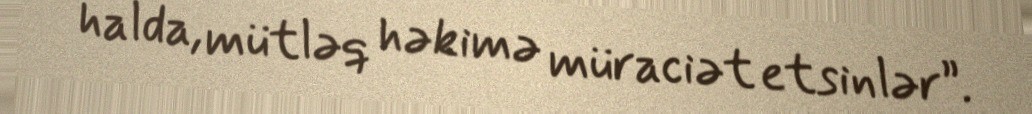
halda, mütləq həkimə müraciət etsinlər”.